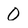
Character: 0